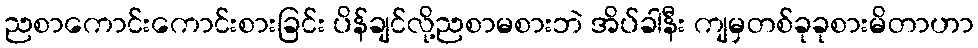
ညစာကောင်းကောင်းစားခြင်း ပိန်ချင်လို့ညစာမစားဘဲ အိပ်ခါနီး ကျမှတစ်ခုခုစားမိတာဟာ